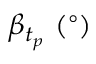
\beta _ { t _ { p } } \ ( ^ { \circ } )